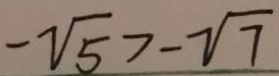
- \sqrt { 5 } > - \sqrt { 7 }